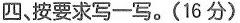
四、按要求写一写。(16分)